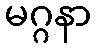
မဂ္ဂနာ